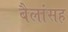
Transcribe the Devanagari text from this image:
बैलांसह